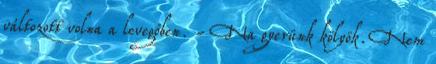
változott volna a levegőben. - Na gyerünk kölyök. Nem